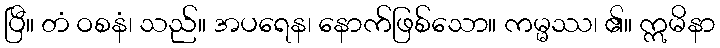
ပြီ။ တံ ဝစနံ၊ သည်။ အပရေန၊ နောက်ဖြစ်သော။ ကမ္မဿ၊ ၏။ ဣမိနာ